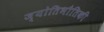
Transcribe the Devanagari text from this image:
ज्योतिभौतिकी